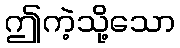
ဤကဲ့သို့သော